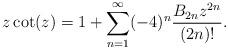
LaTeX: \begin{align*} z\cot(z)=1+\sum_{n=1}^\infty(-4)^n\frac{B_{2n}z^{2n}}{(2n)!}.\end{align*}